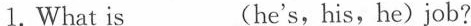
1.What is___(he's,his,he)job?